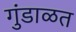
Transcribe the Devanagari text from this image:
गुंडाळत